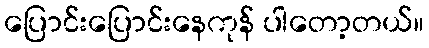
ပြောင်းပြောင်းနေကုန် ပါတော့တယ်။